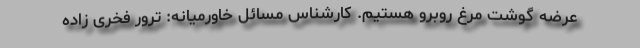
عرضه گوشت مرغ روبرو هستیم. کارشناس مسائل خاورمیانه: ترور فخری زاده